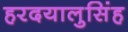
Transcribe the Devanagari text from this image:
हरदयालुसिंह